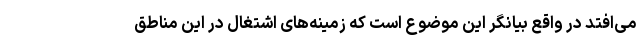
می‌افتد در واقع بیانگر این موضوع است که زمینه‌های اشتغال در این مناطق